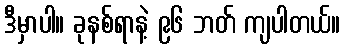
ဒီမှာပါ။ ခုနစ်ရာနဲ့ ၉၆ ဘတ် ကျပါတယ်။